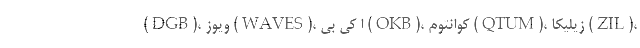
(DGB)، وِیوز (WAVES)، اُ کی بی (OKB)، کوانتوم (QTUM)، زیلیکا (ZIL)،